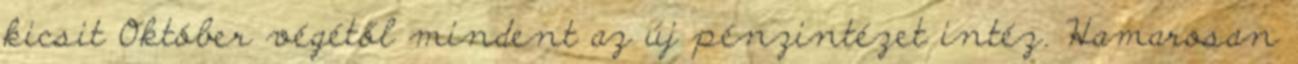
kicsit Október végétől mindent az új pénzintézet intéz. Hamarosan